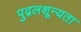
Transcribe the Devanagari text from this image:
पुद्गलशून्यता